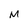
Character: M